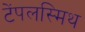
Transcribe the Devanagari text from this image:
टेंपलस्मिथ